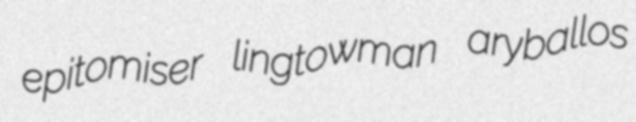
epitomiser lingtowman aryballos